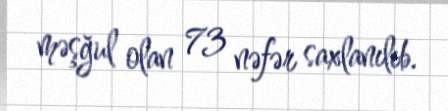
məşğul olan 73 nəfər saxlanılıb.